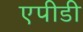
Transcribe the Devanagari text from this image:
एपीडी